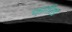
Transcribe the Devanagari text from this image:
फर्नाल्ड